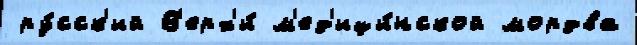
ру́сск'ий В'ерх'и́ м'ед'ици́нской мордва